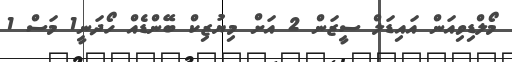
މޯލްޑިވިއަން އައިޑަލް ސީޒަން 2 އަށް މިޔުޒިކް ބޭންޑެއް ހޯދަނީ1 މަސް 1